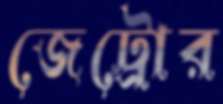
জেট্রোর